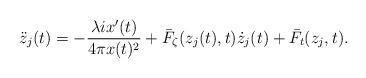
LaTeX: \begin{align*}\ddot{z}_j(t)=-\frac{\lambda i x'(t)}{4\pi x(t)^2}+\bar{F}_\zeta(z_j(t),t)\dot{z}_j(t)+\bar{F}_t(z_j,t).\end{align*}